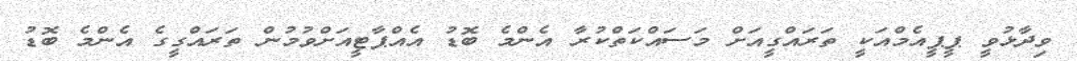
ވިދާޅުވީ ޕީޕީއެމްއަކީ ތަރައްގީއަށް މަސައްކަތްކުރާ އެންމެ ބޮޑު އެއްޕާޓީއަށްވުމުން ތަރައްގީގެ އެންމެ ބޮޑު